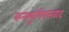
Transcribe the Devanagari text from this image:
कन्फ़्यूशियसवाद